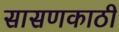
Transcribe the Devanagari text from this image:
सासणकाठी